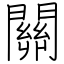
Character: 關